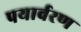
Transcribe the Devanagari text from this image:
पयार्वरण